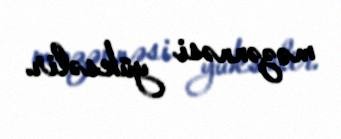
məzənnəsi yüksəlir.